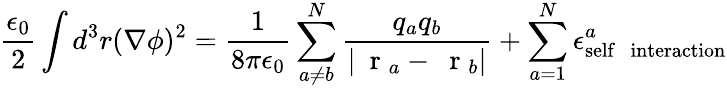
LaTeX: \frac{\epsilon_{0}}{2}\int d^{3}r(\nabla\phi)^{2}=\frac{1}{8\pi\epsilon_{0}}\sum_{a\ne b}^{N}\frac{q_{a}q_{b}}{|\mathrm{~\mathbf~r~}_{a}-\mathrm{~\mathbf~r~}_{b}|}+\sum_{a=1}^{N}\epsilon_{\mathrm{self\; \; interaction}}^{a}